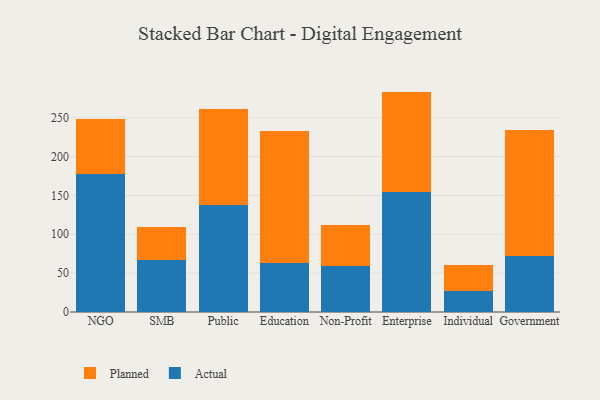
{"axis": {"x": "Segment", "y": "Humidity (%)"}, "legend": ["Actual", "Planned"], "data": [{"x": "NGO", "y": 177.9, "type": "Actual"}, {"x": "NGO", "y": 70.2, "type": "Planned"}, {"x": "SMB", "y": 66.4, "type": "Actual"}, {"x": "SMB", "y": 42.5, "type": "Planned"}, {"x": "Public", "y": 137.5, "type": "Actual"}, {"x": "Public", "y": 123.7, "type": "Planned"}, {"x": "Education", "y": 63.6, "type": "Actual"}, {"x": "Education", "y": 169.9, "type": "Planned"}, {"x": "Non-Profit", "y": 59.2, "type": "Actual"}, {"x": "Non-Profit", "y": 52.9, "type": "Planned"}, {"x": "Enterprise", "y": 154.6, "type": "Actual"}, {"x": "Enterprise", "y": 129.0, "type": "Planned"}, {"x": "Individual", "y": 27.2, "type": "Actual"}, {"x": "Individual", "y": 32.9, "type": "Planned"}, {"x": "Government", "y": 72.2, "type": "Actual"}, {"x": "Government", "y": 161.4, "type": "Planned"}]}